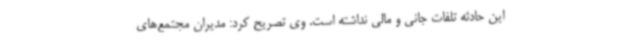
این حادثه تلفات جانی و مالی نداشته است. وی تصریح کرد: مدیران مجتمع‌های